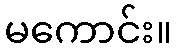
မကောင်း။